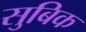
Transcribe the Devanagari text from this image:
सुबिक